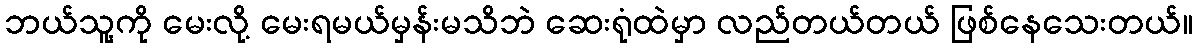
ဘယ်သူ့ကို မေးလို့ မေးရမယ်မှန်းမသိဘဲ ဆေးရုံထဲမှာ လည်တယ်တယ် ဖြစ်နေသေးတယ်။